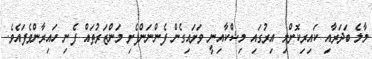
މާލެ ބަދަރާއި ކައިރިކޮށްލި އިރުގައި މިޝްކާއިނީ ވަށައިގެން ފެންނަންފެށި މަންޒަރުތައް ފެނި ހައިރާންވެފައެވެ.